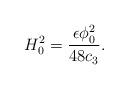
LaTeX: \begin{align*}H_0^2= { \epsilon \phi_0^2 \over 48 c_3}. \end{align*}